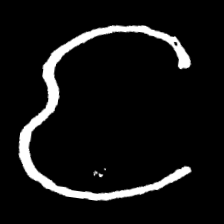
Pyu character \u2014 Myanmar letter: င (romanized: nga)